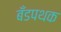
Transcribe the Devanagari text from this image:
बँडपथक